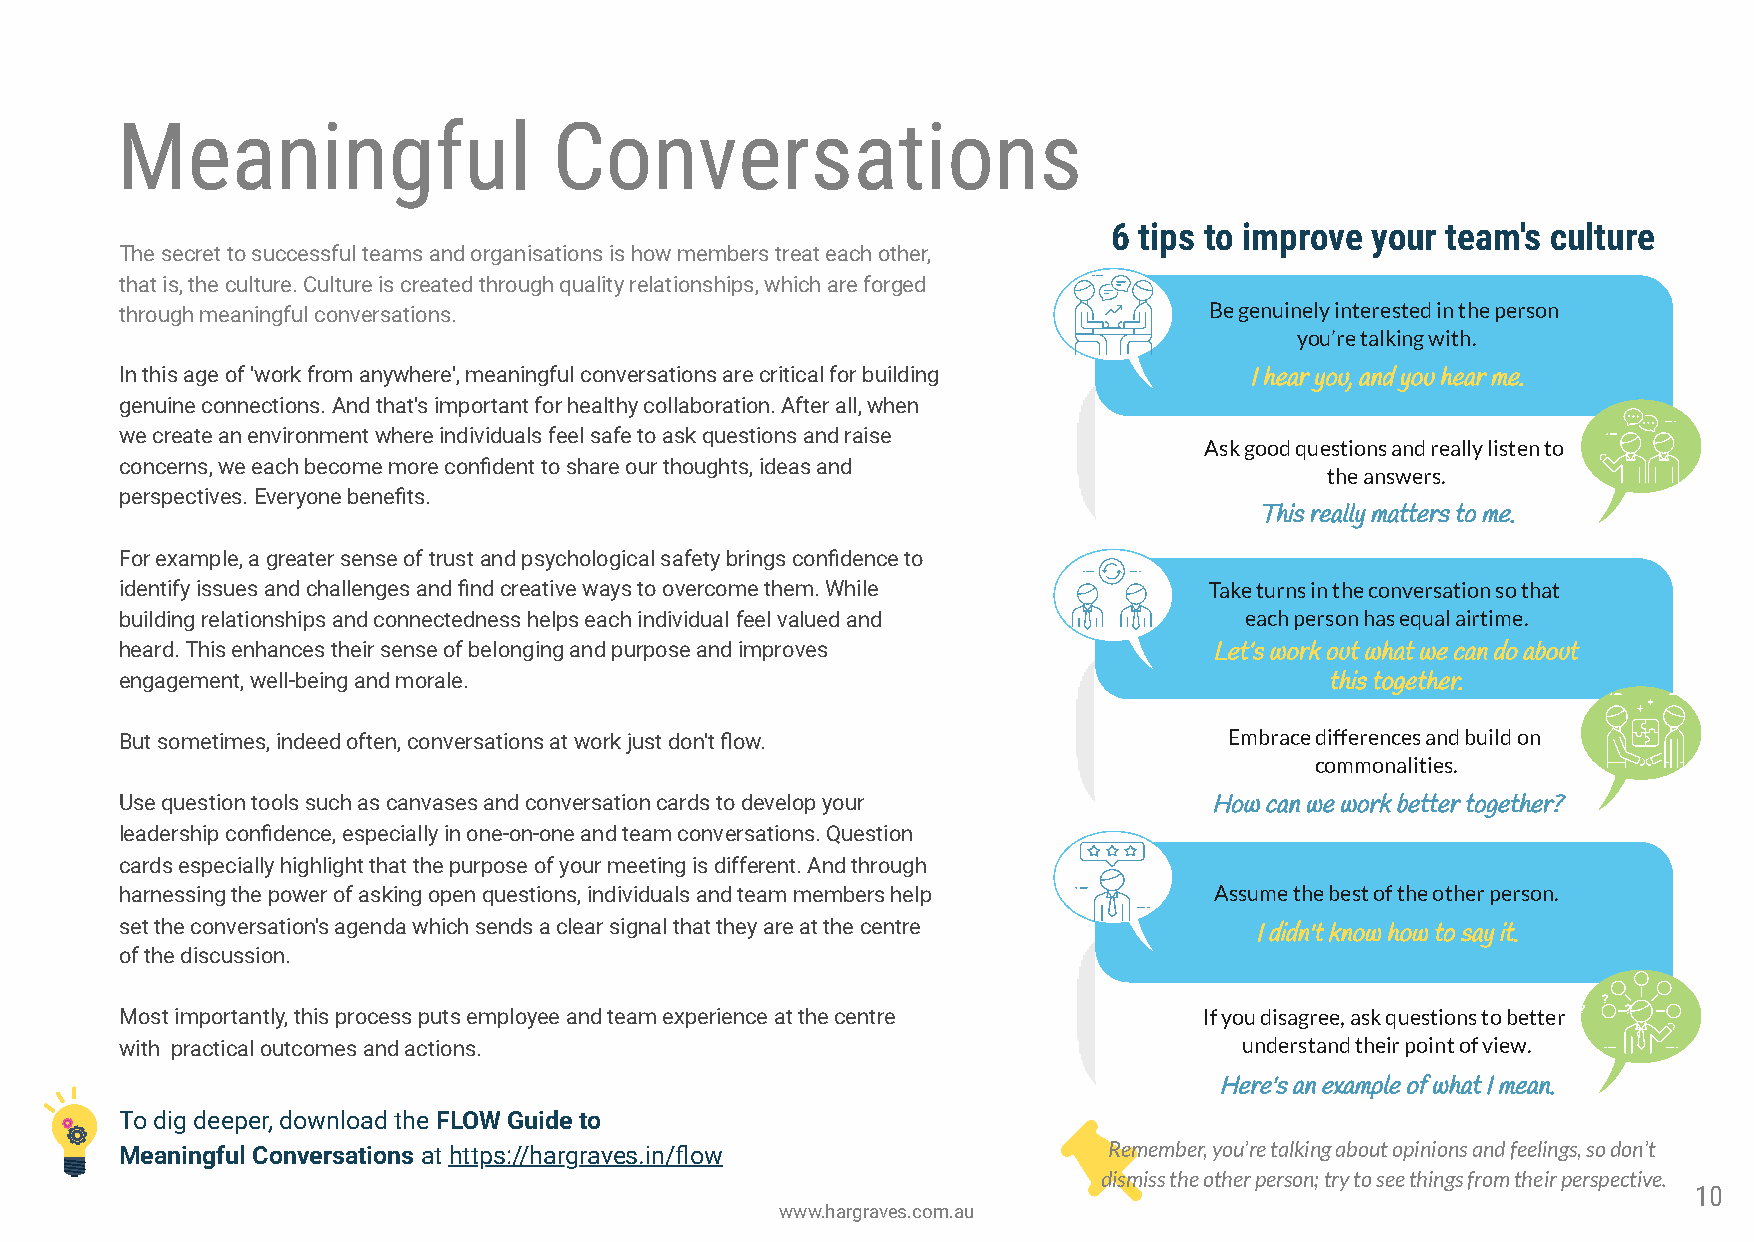
Meaningful                   Conversations
 6 tips to improve your team's culture
 The secret to successful teams and organisations is how members treat each other,
 that is, the culture. Culture is created through quality relationships, which are forged
 through meaningful conversations.                                       Be genuinely interested in the person
 you’re talking with.
 In this age of 'work from anywhere', meaningful conversations are critical for building I hear you, and you hear me.
 genuine connections. And that's important for healthy collaboration. After all, when
 we create an environment where individuals feel safe to ask questions and raise
 Ask good questions and really listen to
 concerns, we each become more condent to share our thoughts, ideas and
 the answers.
 perspectives. Everyone benets.
 This really matters to me.
 For example, a greater sense of trust and psychological safety brings condence to
 identify issues and challenges and nd creative ways to overcome them. While Take turns in the conversation so that
 building relationships and connectedness helps each individual feel valued and each person has equal airtime.
 heard. This enhances their sense of belonging and purpose and improves  Let’s work out what we can do about
 engagement, well-being and morale.                                              this together.
 But sometimes, indeed often, conversations at work just don't ow.       Embrace differences and build on
 commonalities.
 Use question tools such as canvases and conversation cards to develop your How can we work better together?
 leadership condence, especially in one-on-one and team conversations. Question
 cards especially highlight that the purpose of your meeting is different. And through
 harnessing the power of asking open questions, individuals and team members help Assume the best of the other person.
 set the conversation's agenda which sends a clear signal that they are at the centre
 I didn't know how to say it.
 of the discussion.
 Most importantly, this process puts employee and team experience at the centre If you disagree, ask questions to better
 with practical outcomes and actions.                                      understand their point of view.
 Here's an example of what I mean.
 To dig deeper, download the FLOW Guide to
 Meaningful Conversations at https://hargraves.in/ow             Remember, you’re talking about opinions and feelings, so don’t
 dismiss the other person; try to see things from their perspective.
 10
 www.hargraves.com.au